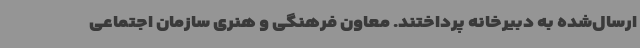
ارسال‌شده به دبیرخانه پرداختند. معاون فرهنگی و هنری سازمان اجتماعی